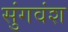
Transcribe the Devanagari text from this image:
सुंगवंश